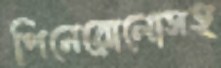
পিনেরোলোসহ